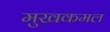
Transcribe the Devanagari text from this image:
मुखकमल